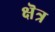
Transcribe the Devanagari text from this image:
क्षॆत्र